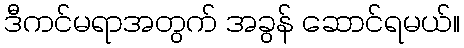
ဒီကင်မရာအတွက် အခွန် ဆောင်ရမယ်။